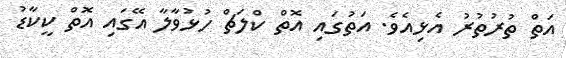
އަތް ތުރުތުރު އެޅިއެވެ. އަތުގައި އޮތް ކްލަޗް ހުޅުވާލާ އޭގައި އޮތް ކީކާޑު